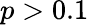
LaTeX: p>0.1